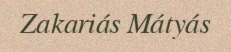
Zakariás Mátyás